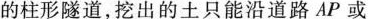
的柱形隧道，挖出的土只能沿道路AP或